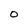
Character: o